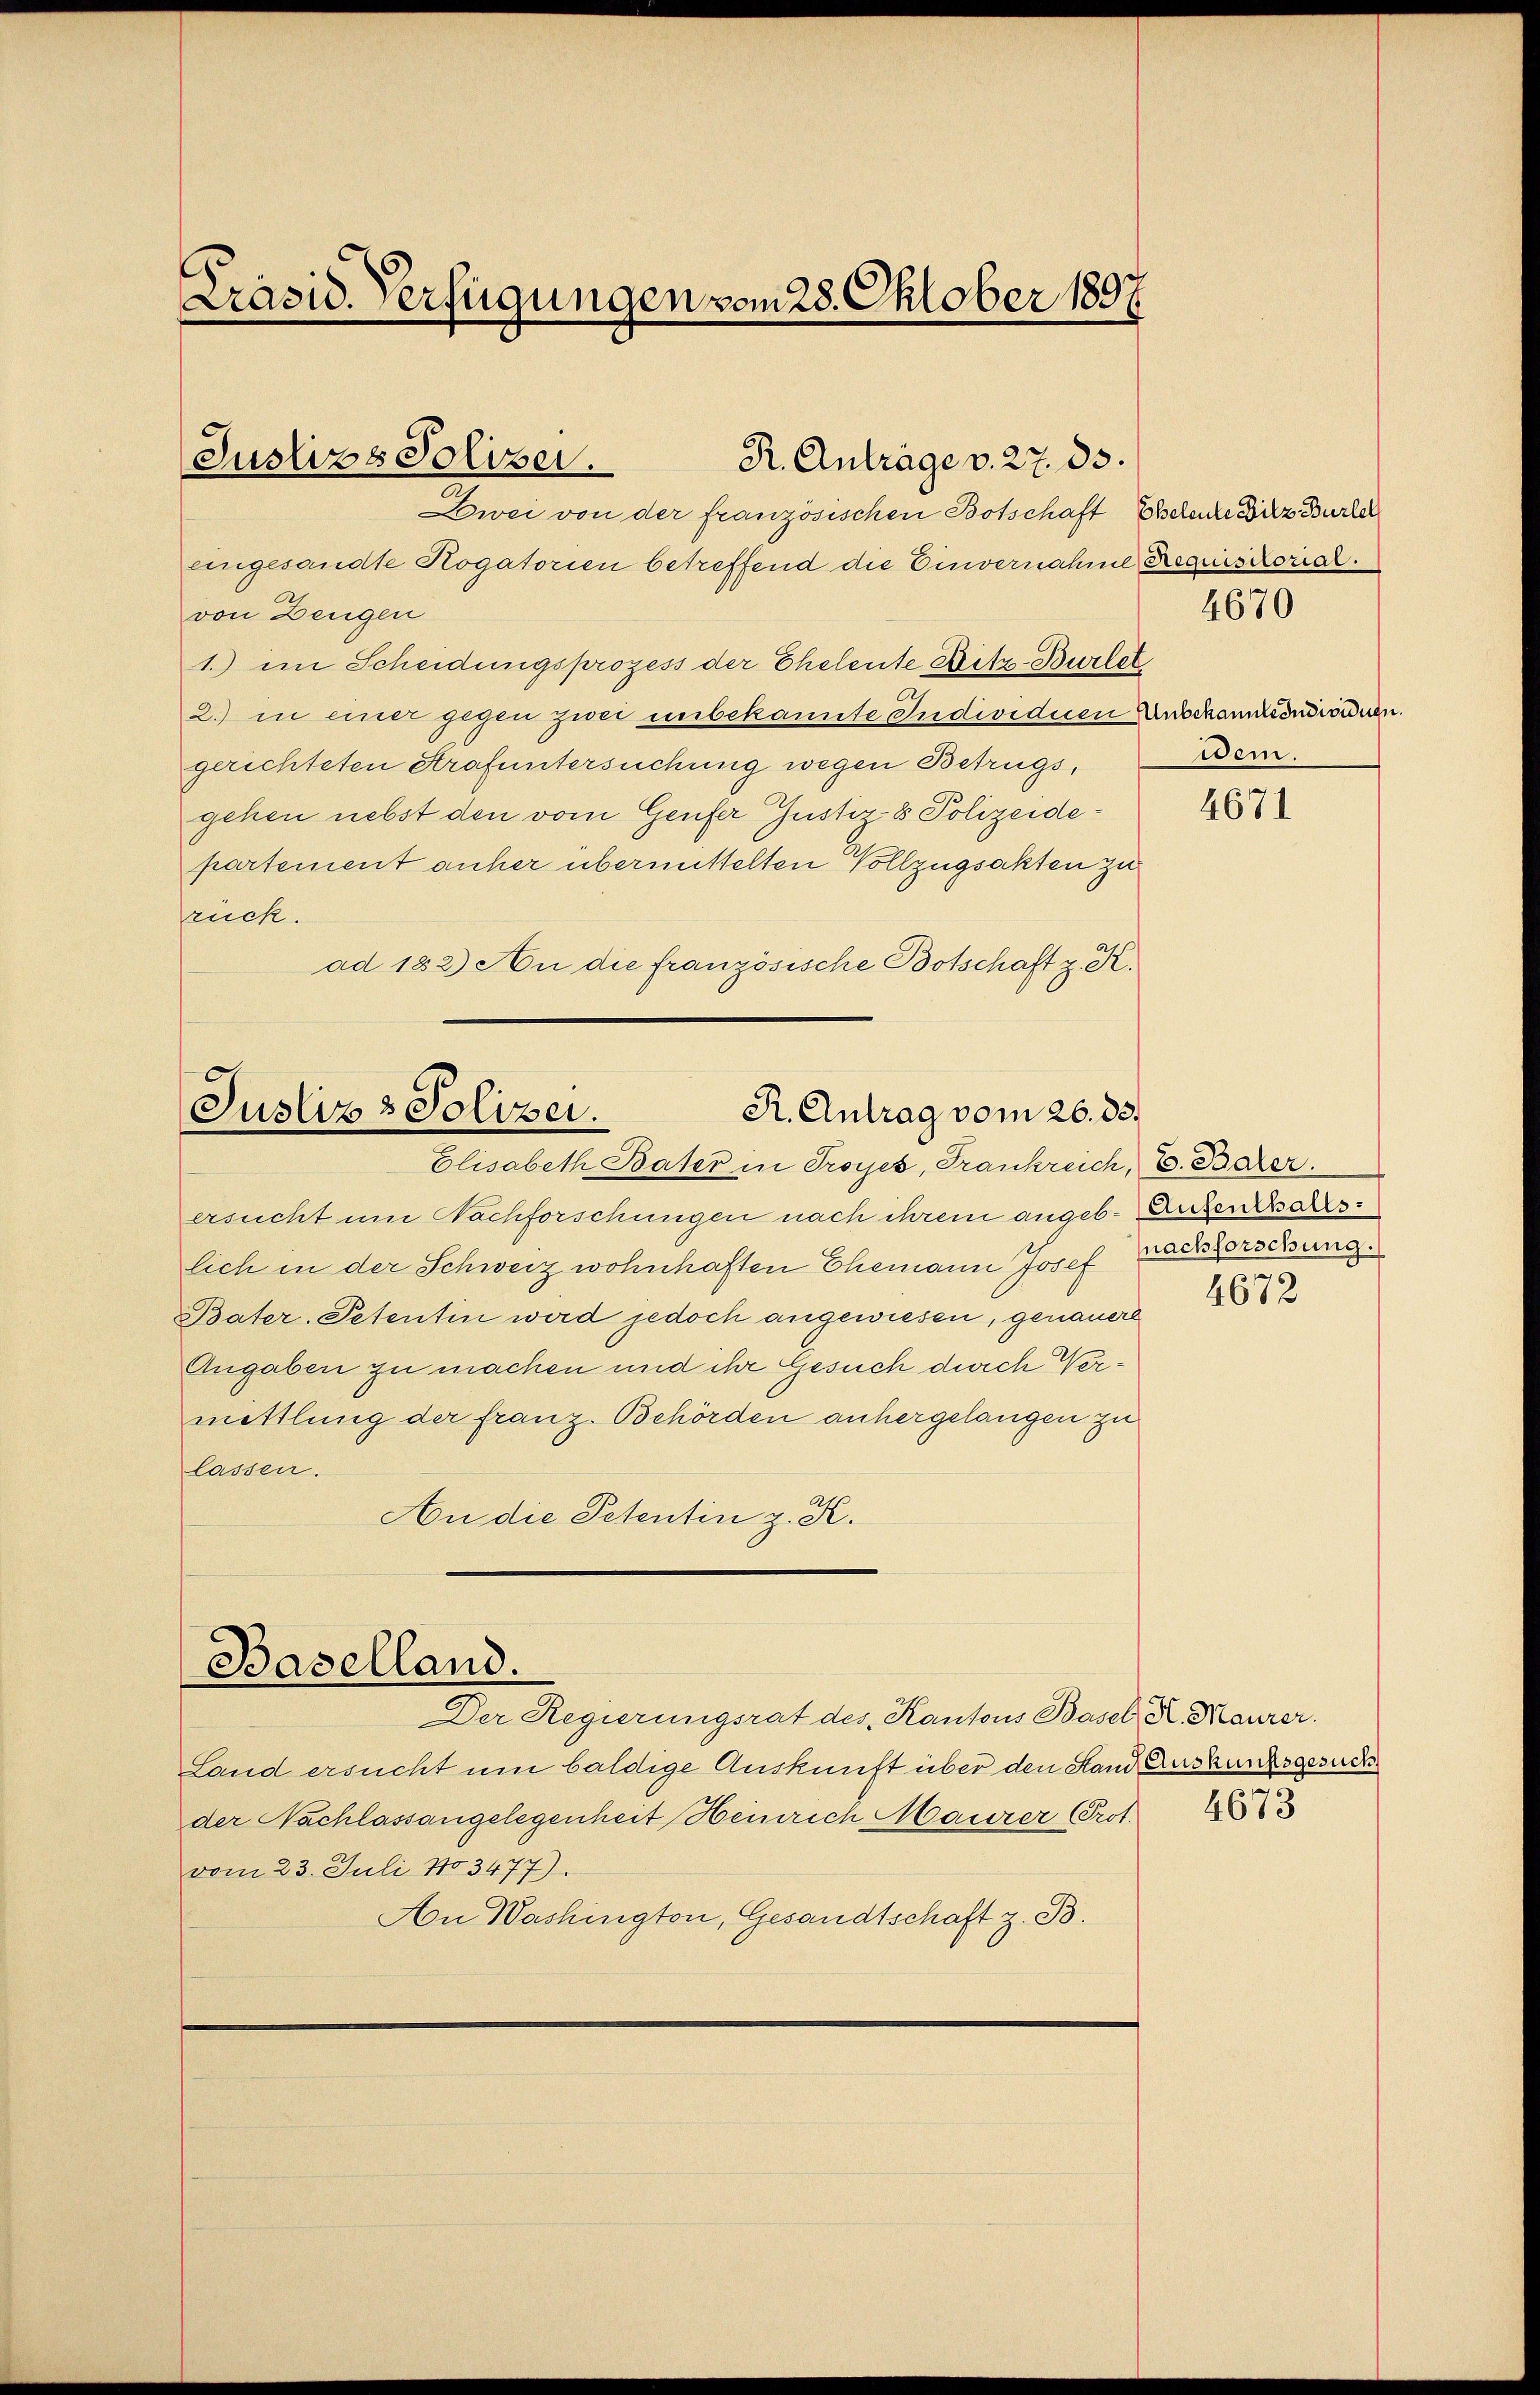
Präsid. Verfügungen vom 28. Oktober 1897.

Dwei von der französischen Botschaft Eheleute Witz Burlel
eingesandte Rogatorien betreffend die Einvernahme Requisitorial.
von Dengen
1.) im Scheidungsprozess der Eheleute Ditz-Burlot
2. in einer gegen zwei unbekannte Individuen Anschantiindividuen.
gerichteten Strafuntersuchung wegen Betrugs,
gehen nebst den vom Genfer Justiz- & Polizeidepartement anher übermittelten Vollzugsakten zu
ruck.
ad 182) An die französische Botschaft z. K.

Justizs Polizei.

R. Antrage v. 27. 83.

Justiz & Polizei.
R. Antrag vom 26. 33.
Elisabeth Bater in Troyes, Frankreich, E. Barer.

Baselland.

Der Regierungsrat des Kantons Basel, K. Maurer.
Land ersucht um baldige Auskunft über den Stand Auskunfsgesuch
der Nachlassangelegenheit Heinrich Maurer (Prot.
vom 23. Juli 1803477).
An Washington, Gesandtschaft z. B.

wem.

ersucht um Nachforschungen nach ihrem angeb. Aufenwarts-
lich in der Schweiz wohnhaften Ehemann Josef nachforschung.
Bater. Petentin wird jedoch angewiesen, genauere
Angaben zu machen und ihr Gesuch durch Vermittlung der franz. Behörden anhergelangen zu
lassen.
An die Petentin z. K.

4670

4671

4672

4673